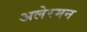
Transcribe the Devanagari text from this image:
अलेरमन